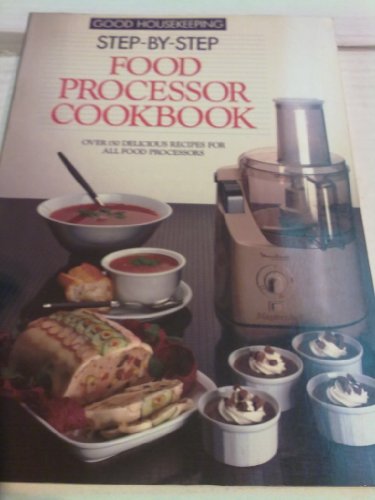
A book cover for "Good Housekeeping" Step by Step Food Processor Cookbook; Good Houisekeeping; Cookbooks, Food & Wine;